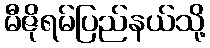
မီဇိုရမ်ပြည်နယ်သို့